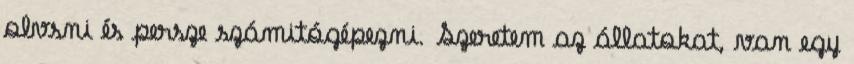
olvsni és persze számitógépezni. Szeretem az állatokat, van egy